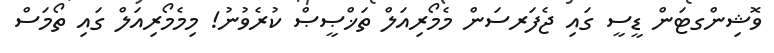
ވޮޝިންގޓަން ޑީސީ ގައި ޖެފަރސަން މެމޯރިއަލް ތަޚްޞީޞް ކުރެވުނު! މިމެމޯރިއަލް ގައި ތޯމަސް